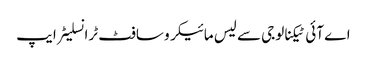
اے آئی ٹیکنالوجی سے لیس مائیکرو سافٹ ٹرانسلیٹر ایپ